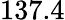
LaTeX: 137.4